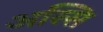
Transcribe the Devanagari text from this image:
अस्सि